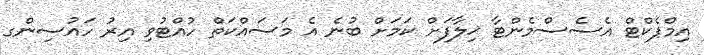
އިމްޕެކްޓް އެސެސްމެންޓާ ޚިލާފަށް ކަމަށް ބުނެ އެ މަސައްކަތް ހުއްޓުވި އިރު ހައުސިންގ